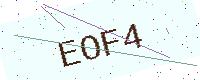
Text: EOF4